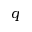
q